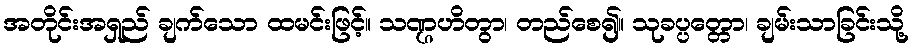
အတိုင်းအရှည် ချက်သော ထမင်းဖြင့်။ သဏ္ဌဟိတွာ၊ တည်စေ၍။ သုခပ္ပတ္တော၊ ချမ်းသာခြင်းသို့